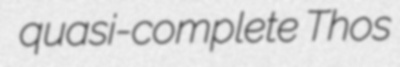
quasi-complete Thos